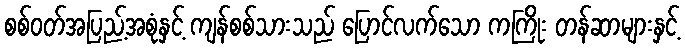
စစ်ဝတ်အပြည့်အစုံနှင့် ကျန်စစ်သားသည် ပြောင်လက်သော ကကြိုး တန်ဆာများနှင့်